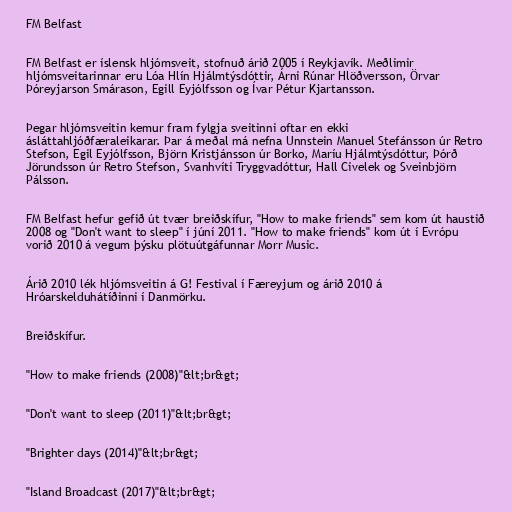
FM Belfast

FM Belfast er íslensk hljómsveit, stofnuð árið 2005 í Reykjavík. Meðlimir
hljómsveitarinnar eru Lóa Hlín Hjálmtýsdóttir, Árni Rúnar Hlöðversson, Örvar
Þóreyjarson Smárason, Egill Eyjólfsson og Ívar Pétur Kjartansson.

Þegar hljómsveitin kemur fram fylgja sveitinni oftar en ekki
ásláttahljóðfæraleikarar. Þar á meðal má nefna Unnstein Manuel Stefánsson úr Retro
Stefson, Egil Eyjólfsson, Björn Kristjánsson úr Borko, Maríu Hjálmtýsdóttur, Þórð
Jörundsson úr Retro Stefson, Svanhvíti Tryggvadóttur, Hall Civelek og Sveinbjörn
Pálsson.

FM Belfast hefur gefið út tvær breiðskífur, "How to make friends" sem kom út haustið
2008 og "Don't want to sleep" í júní 2011. "How to make friends" kom út í Evrópu
vorið 2010 á vegum þýsku plötuútgáfunnar Morr Music.

Árið 2010 lék hljómsveitin á G! Festival í Færeyjum og árið 2010 á
Hróarskelduhátíðinni í Danmörku.

Breiðskífur.

"How to make friends (2008)"&lt;br&gt;

"Don't want to sleep (2011)"&lt;br&gt;

"Brighter days (2014)"&lt;br&gt;

"Island Broadcast (2017)"&lt;br&gt;